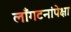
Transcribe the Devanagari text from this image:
लाँगटनांपेक्षा